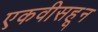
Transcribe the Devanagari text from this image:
एकवीसहून